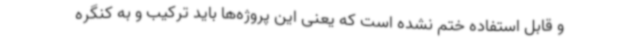
و قابل استفاده ختم نشده است که یعنی این پروژه‌ها باید ترکیب و به کنگره